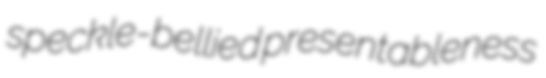
speckle-bellied presentableness